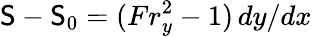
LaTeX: \mathsf{S}-\mathsf{S}_{0}=(Fr_{y}^{2}-1)\, dy/dx